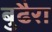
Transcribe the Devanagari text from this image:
बुढैरा